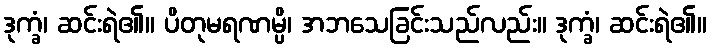
ဒုက္ခံ၊ ဆင်းရဲ၏။ ပိတုမရဏမ္ပိ၊ အဘသေခြင်းသည်လည်း။ ဒုက္ခံ၊ ဆင်းရဲ၏။